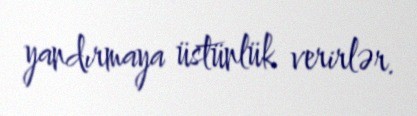
yandırmaya üstünlük verirlər.